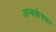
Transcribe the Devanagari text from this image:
अम्बकेश्वर